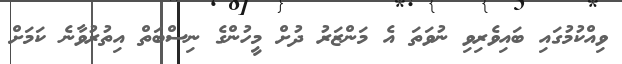
ވިއްކުމުގައި ބައިވެރިވި ނުވަތަ އެ މަންޒަރު ދުށް މީހުންގެ ނިސްބަތް އިތުރުވާނެ ކަމަށް